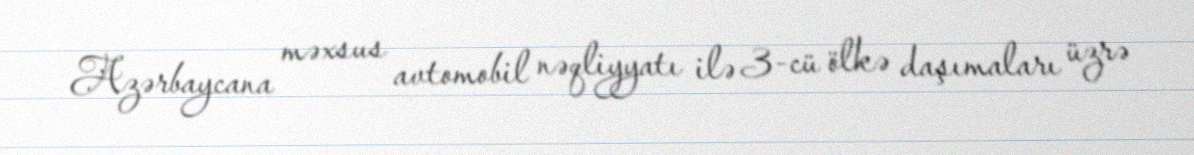
Azərbaycana məxsus avtomobil nəqliyyatı ilə 3-cü ölkə daşımaları üzrə